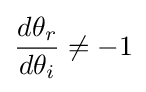
{\frac {d\theta _{r}}{d\theta _{i}}}\neq -1